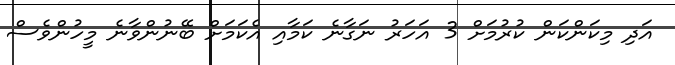
އަދި މިކަންކަން ކުރުމަށް 3 އަހަރު ނަގާނެ ކަމާއި އެކަމަށް ބޭނުންވާނެ މީހުންވެސް